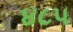
૪૮૫